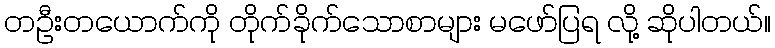
တဦးတယောက်ကို တိုက်ခိုက်သောစာများ မဖော်ပြရ လို့ ဆိုပါတယ်။